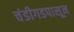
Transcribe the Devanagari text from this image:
चंडीगडपासून